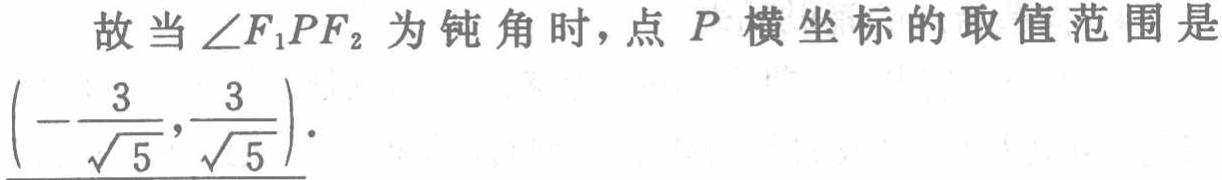
故当\(\angle F_{1}PF_{2}\)为钝角时，点 \(P\) 横坐标的取值范围是\(\left(-\dfrac{3}{\sqrt{5}},\dfrac{3}{\sqrt{5}}\right)\)。